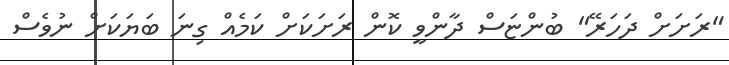
"ރަށަށް ދަހަރޭ" ބުންޏަސް ދާންވީ ކޮން ރަށަކަށް ކަމެއް ގިނަ ބަޔަކަށް ނުވެސް